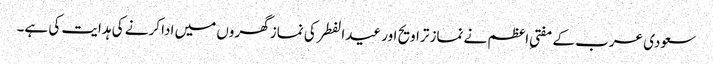
سعودی عرب کے مفتیِ اعظم نے نماز تراویح اور عیدالفطر کی نماز گھروں میں ادا کرنے کی ہدایت کی ہے۔